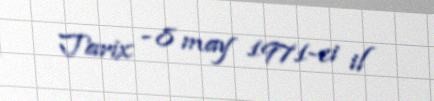
Tarix - 8 may 1971-ci il